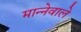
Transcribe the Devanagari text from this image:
मान्नेवाले